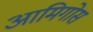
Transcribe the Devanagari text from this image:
आमिगोस